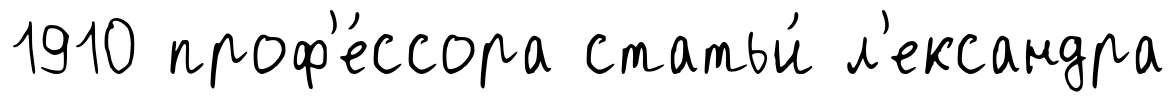
1910 проф'е́ссора статьи́ л'ександра